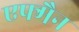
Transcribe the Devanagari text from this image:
एफ्मैन